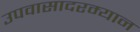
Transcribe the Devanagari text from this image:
उपवासादरम्यान